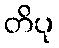
တိပု